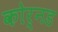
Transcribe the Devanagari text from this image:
कोर्नड